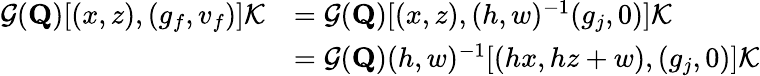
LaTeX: \begin{array}{rl}{\mathcal{G}(\mathbf{Q})[(x,z),(g_{f},v_{f})]\mathcal{K}}&{=\mathcal{G}(\mathbf{Q})[(x,z),(h,w)^{-1}(g_{j},0)]\mathcal{K}}\\ &{=\mathcal{G}(\mathbf{Q})(h,w)^{-1}[(hx,hz+w),(g_{j},0)]\mathcal{K}}\end{array}